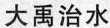
大禹治水